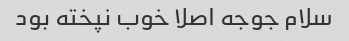
سلام جوجه اصلا خوب نپخته بود